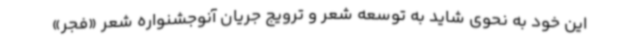
این خود به نحوی شاید به توسعه شعر و ترویج جریان آنوجشنواره شعر «فجر»